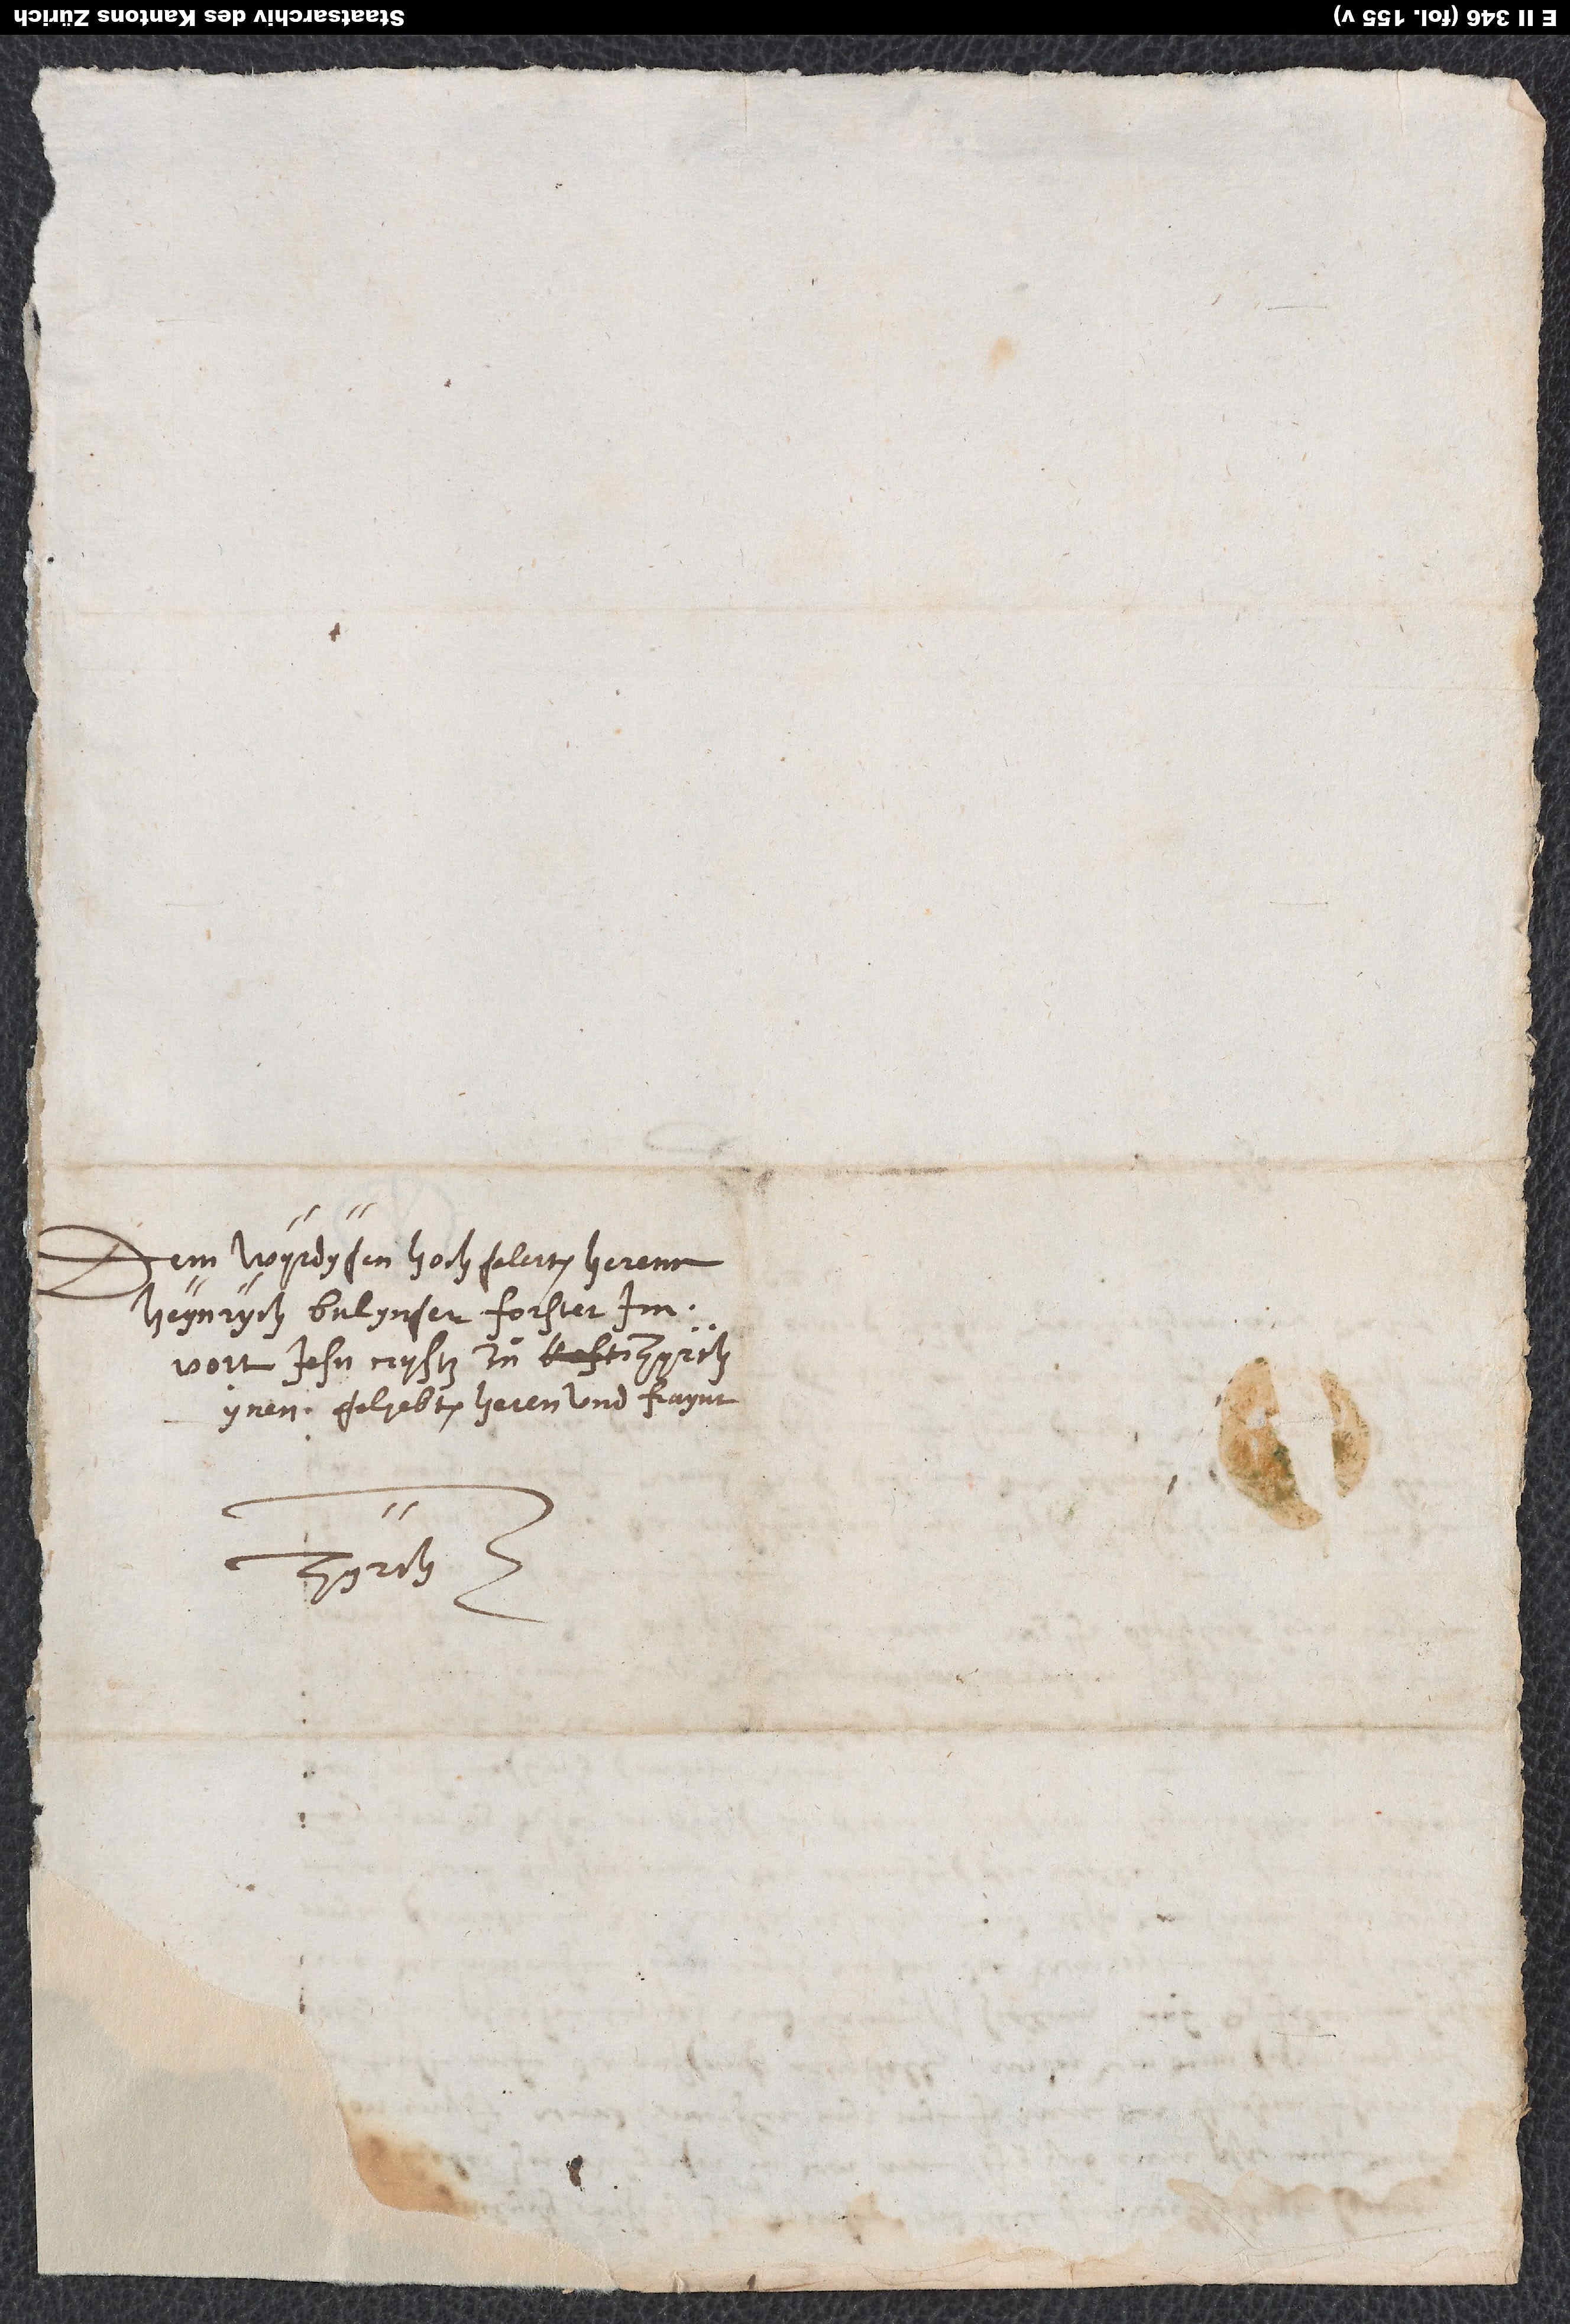
Dem wyrdygen, hochgelerten herenn
Heynrych Bulynger, forster im
ynen gelyebten heren und fraynt.
Zyrch.